Plague in India, 1896, 1897 - Volume 3
Year: 1896
Disease focus: Plague
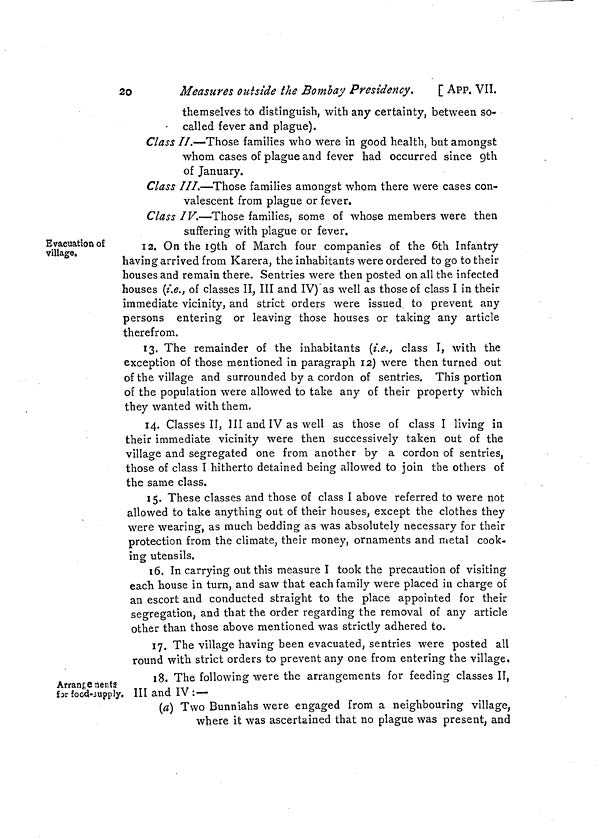
2o
Measures outside the Bombay Presidency.
[ APP. VII.
themselves to distinguish, with any certainty, between so-
called fever and plague).
Class II.—Those families who were in good health, but amongst
whom cases of plague and fever had occurred since 9th
of January.
Class ///.—Those families amongst whom there were cases con-
valescent from plague or fever.
Class IV.—Those families, some of whose members were then
suffering with plague or fever.
Evacuation of
village.
12. On the 19th of March four companies of the 6th Infantry
having arrived from Karera, the inhabitants were ordered to go to their
houses and remain there. Sentries were then posted on all the infected
houses (i.e., of classes II, III and IV) as well as those of class I in their
immediate vicinity, and strict orders were issued, to prevent any
persons entering or leaving those houses or taking any article
therefrom.
13. The remainder of the inhabitants (i.e., class I, with the
exception of those mentioned in paragraph 12) were then turned out
of the village and surrounded by a cordon of sentries. This portion
of the population were allowed to take any of their property which
they wanted with them.
14. Classes II, III and IV as well as those of class I living in
their immediate vicinity were then successively taken out of the
village and segregated one from another by a cordon of sentries,
those of class I hitherto detained being allowed to join the others of
the same class.
15. These classes and those of class I above referred to were not
allowed to take anything out of their houses, except the clothes they
were wearing, as much bedding as was absolutely necessary for their
protection from the climate, their money, ornaments and metal cook-
ing utensils.
16. In carrying out this measure I took the precaution of visiting
each house in turn, and saw that each family were placed in charge of
an escort and conducted straight to the place appointed for their
segregation, and that the order regarding the removal of any article
other than those above mentioned was strictly adhered to.
17. The village having been evacuated, sentries were posted all
round with strict orders to prevent any one from entering the village.
Arrangenents
for focd-3upply.
18. The following were the arrangements for feeding classes II,
III and IV :—
(a) Two Bunniahs were engaged from a neighbouring village,
where it was ascertained that no plague was present, and